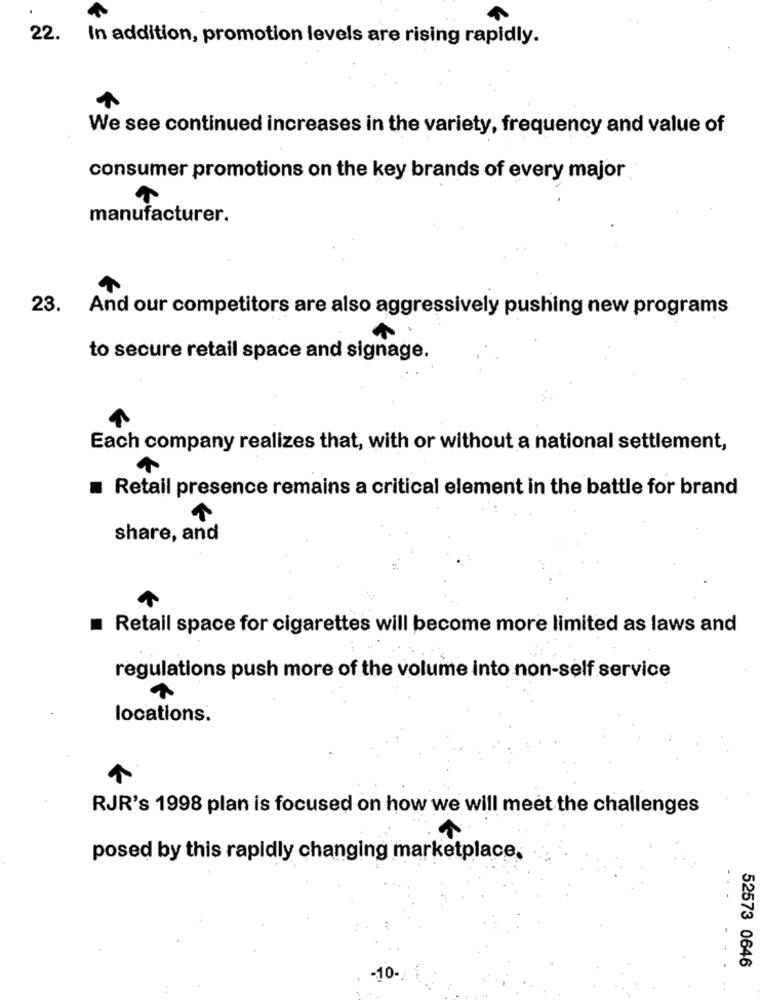
22. In addition, promotion levels are rising rapidly.
We see continued increases in the variety, frequency and value of
consumer promotions on the key brands of every major
manufacturer.
23.
And our competitors are also aggressively pushing new programs
to secure retail space and signage.
Each company realizes that, with or without a national settlement,
Retail presence remains a critical element in the battle for brand
share, and
Retail space for cigarettes will become more limited as laws and
regulations push more of the volume into non-self service
locations.
RJR's 1998 plan is focused on how we will meet the challenges
posed by this rapidly changing marketplace.
52573 0646
-10-/ {